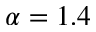
\alpha = 1 . 4